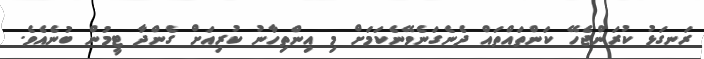
ރަނގަޅު ކުރަންޖެހޭ ކަންތައްތައް ދެނެގަނެވޭނެކަމަށް މި އިންތިހާނު ކުރިއަށް ގެންދާ ޓީމުން ބުނެއެވެ.